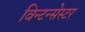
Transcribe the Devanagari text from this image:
विन्टन्सेस्टर